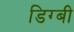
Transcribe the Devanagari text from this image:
डिग्‍बी